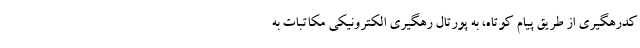
کدرهگیری از طریق پیام کوتاه، به پورتال رهگیری الکترونیکی مکاتبات به